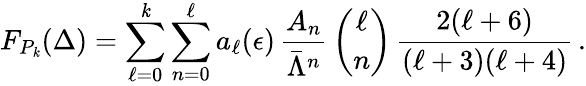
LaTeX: F_{P_{\mathit{k}}}(\Delta)=\sum_{\ell=0}^{\mathit{k}}\sum_{n=0}^{\ell}a_{\ell}(\epsilon)\, {\frac{{A_{n}}}{{\bar{{\Lambda}}^{n}}}}\, {\binom{\ell}{n}}\, {\frac{{2(\ell+6)}}{{(\ell+3)(\ell+4)}}}\, .